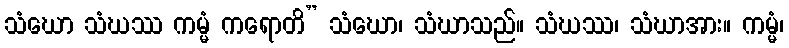
သံဃော သံဃဿ ကမ္မံ ကရောတိ” သံဃော၊ သံဃာသည်။ သံဃဿ၊ သံဃာအား။ ကမ္မံ၊